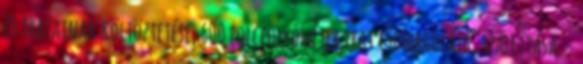
és iratainak költöztetése, 600 polcfolyóméter irat csomagolása, szállítása. -